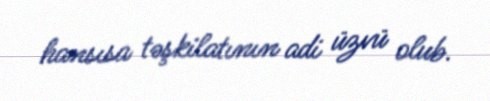
hansısa təşkilatının adi üzvü olub.